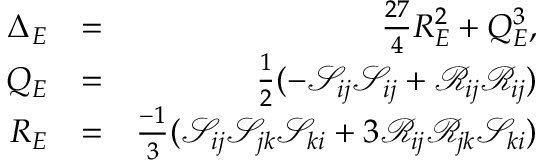
\begin{array} { r l r } { { \Delta _ { E } } } & { = } & { \frac { 2 7 } { 4 } R _ { E } ^ { 2 } + Q _ { E } ^ { 3 } , } \\ { { Q _ { E } } } & { = } & { \frac { 1 } { 2 } ( - \mathcal { S } _ { i j } \mathcal { S } _ { i j } + \mathcal { R } _ { i j } \mathcal { R } _ { i j } ) } \\ { { R _ { E } } } & { = } & { \frac { - 1 } { 3 } ( \mathcal { S } _ { i j } \mathcal { S } _ { j k } \mathcal { S } _ { k i } + 3 \mathcal { R } _ { i j } \mathcal { R } _ { j k } \mathcal { S } _ { k i } ) } \end{array}